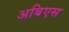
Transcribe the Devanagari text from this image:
अबिएस